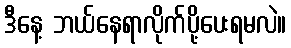
ဒီနေ့ ဘယ်နေရာလိုက်ပို့ပေးရမလဲ။